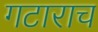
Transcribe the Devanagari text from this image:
गटाराच